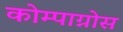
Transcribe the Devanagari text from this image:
कोम्पाग्नोस